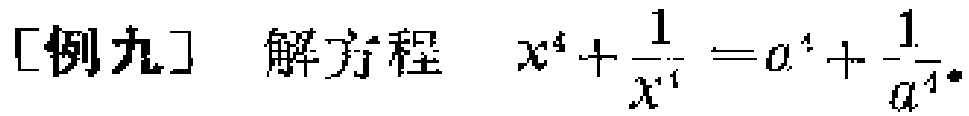
[例九] 解方程 \(x^{4}+\frac{1}{x^{4}} = a^{4}+\frac{1}{a^{4}}\)